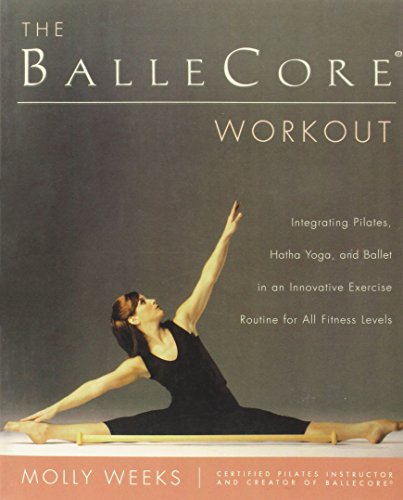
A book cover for The BalleCoreÂ® Workout: Integrating Pilates, Hatha Yoga, and Ballet in an Innovative Exercise Routine for All Fitness Levels; Molly Weeks; Health, Fitness & Dieting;